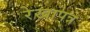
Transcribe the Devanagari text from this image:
रेखापत्र